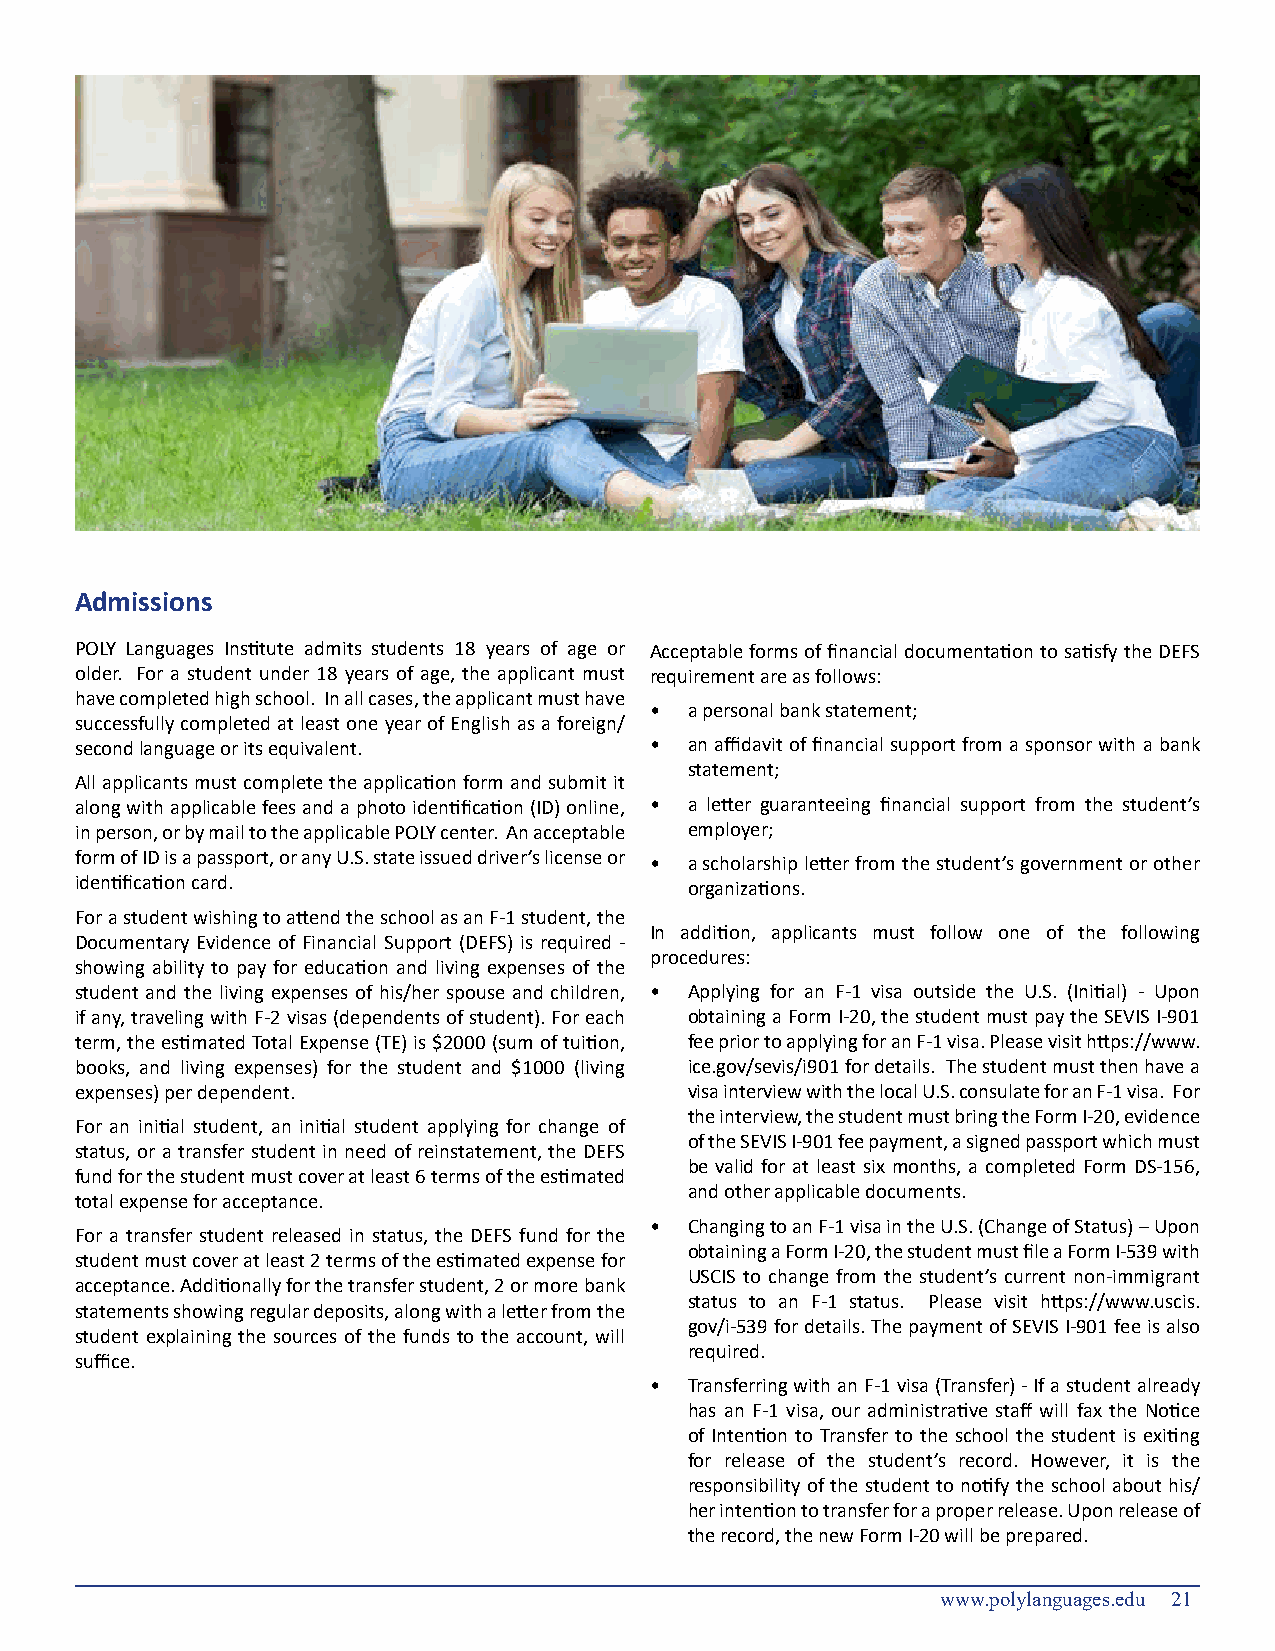
Admissions
 POLY Languages Institute admits students 18 years of age or Acceptable forms of financial documentation to satisfy the DEFS
 older. For a student under 18 years of age, the applicant must requirement are as follows:
 have completed high school. In all cases, the applicant must have
 •  a personal bank statement;
 successfully completed at least one year of English as a foreign/
 second language or its equivalent.    •  an affidavit of financial support from a sponsor with a bank
 statement;
 All applicants must complete the application form and submit it
 along with applicable fees and a photo identification (ID) online, • a letter guaranteeing financial support from the student’s
 in person, or by mail to the applicable POLY center. An acceptable employer;
 form of ID is a passport, or any U.S. state issued driver’s license or • a scholarship letter from the student’s government or other
 identification card.                     organizations.
 For a student wishing to attend the school as an F-1 student, the
 In addition, applicants must follow one of the following
 Documentary Evidence of Financial Support (DEFS) is required -
 procedures:
 showing ability to pay for education and living expenses of the
 student and the living expenses of his/her spouse and children, • Applying for an F-1 visa outside the U.S. (Initial) - Upon
 if any, traveling with F-2 visas (dependents of student). For each obtaining a Form I-20, the student must pay the SEVIS I-901
 term, the estimated Total Expense (TE) is $2000 (sum of tuition, fee prior to applying for an F-1 visa. Please visit https://www.
 books, and living expenses) for the student and $1000 (living ice.gov/sevis/i901 for details. The student must then have a
 expenses) per dependent.                 visa interview with the local U.S. consulate for an F-1 visa. For
 the interview, the student must bring the Form I-20, evidence
 For an initial student, an initial student applying for change of
 of the SEVIS I-901 fee payment, a signed passport which must
 status, or a transfer student in need of reinstatement, the DEFS
 be valid for at least six months, a completed Form DS-156,
 fund for the student must cover at least 6 terms of the estimated
 and other applicable documents.
 total expense for acceptance.
 •  Changing to an F-1 visa in the U.S. (Change of Status) – Upon
 For a transfer student released in status, the DEFS fund for the
 obtaining a Form I-20, the student must file a Form I-539 with
 student must cover at least 2 terms of the estimated expense for
 USCIS to change from the student’s current non-immigrant
 acceptance. Additionally for the transfer student, 2 or more bank
 status to an F-1 status. Please visit https://www.uscis.
 statements showing regular deposits, along with a letter from the
 gov/i-539 for details. The payment of SEVIS I-901 fee is also
 student explaining the sources of the funds to the account, will
 required.
 suffice.
 •  Transferring with an F-1 visa (Transfer) - If a student already
 has an F-1 visa, our administrative staff will fax the Notice
 of Intention to Transfer to the school the student is exiting
 for release of the student’s record. However, it is the
 responsibility of the student to notify the school about his/
 her intention to transfer for a proper release. Upon release of
 the record, the new Form I-20 will be prepared.
 www.polylanguages.edu 21